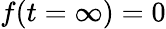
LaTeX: f(t=\infty)=0